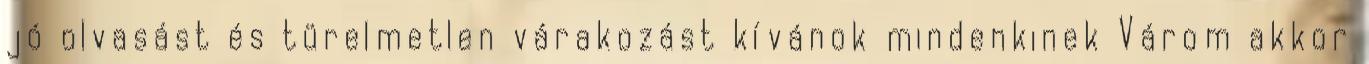
jó olvasást és türelmetlen várakozást kívánok mindenkinek Várom akkor